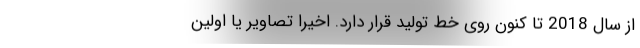
از سال 2018 تا کنون روی خط تولید قرار دارد. اخیرا تصاویر یا اولین